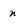
Character: n